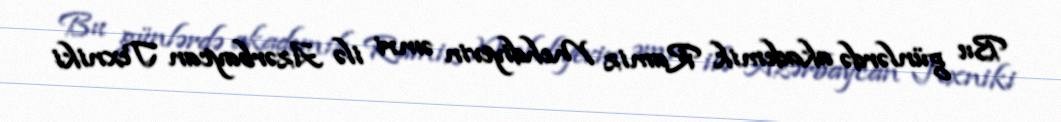
Bu günlərdə akademik Ramiz Mehdiyevin əmri ilə Azərbaycan Texniki